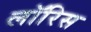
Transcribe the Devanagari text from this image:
लॉरिस